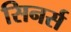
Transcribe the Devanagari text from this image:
सिनर्स